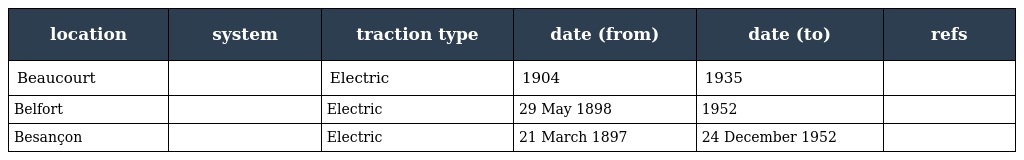
| location | system | traction type | date (from) | date (to) | refs |
 | --- | --- | --- | --- | --- | --- |
 | Beaucourt |  | Electric | 1904 | 1935 |  |
 | Belfort |  | Electric | 29 May 1898 | 1952 |  |
 | Besançon |  | Electric | 21 March 1897 | 24 December 1952 |  |